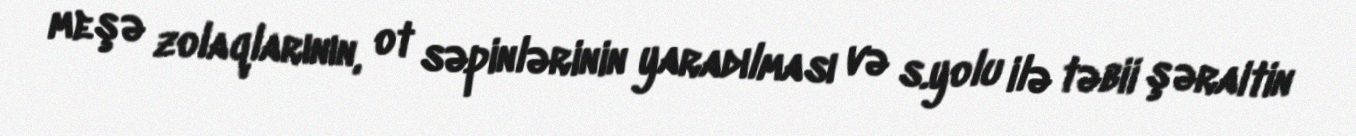
meşə zolaqlarının, ot səpinlərinin yaradılması və s.yolu ilə təbii şəraitin